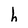
Character: h